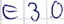
Text: E3.0